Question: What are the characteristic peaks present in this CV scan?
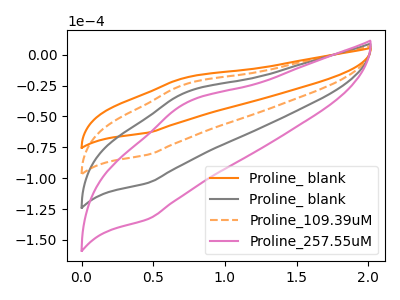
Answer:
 <answer>The orange curve "Proline_ blank" has an anodic peak at (0.70V, -18.70uA) and a cathodic peak at (0.45V, -63.10uA). The gray curve "Proline_ blank" has an anodic peak at (0.70V, -47.95uA) and a cathodic peak at (0.45V, -161.80uA). The orange dashed curve "Proline_109.39uM" has an anodic peak at (0.70V, -24.00uA) and a cathodic peak at (0.45V, -80.90uA). The pink curve "Proline_257.55uM" has an anodic peak at (0.70V, -71.95uA) and a cathodic peak at (0.45V, -242.70uA).</answer>
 <eval></eval>